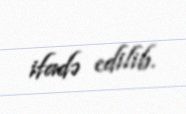
ifadə edilib.